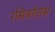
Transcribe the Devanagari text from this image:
रसिकोत्तंस